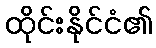
ထိုင်းနိုင်ငံ၏